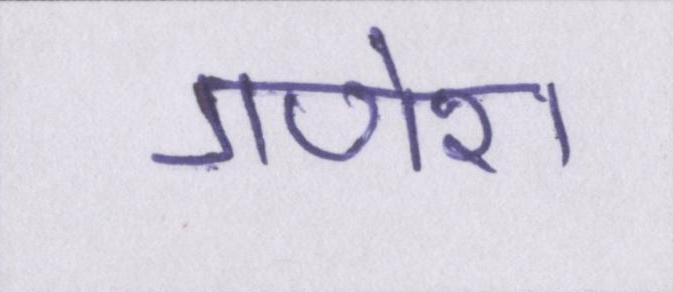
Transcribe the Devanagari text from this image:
गणेश